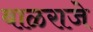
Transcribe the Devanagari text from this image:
बाळराजे